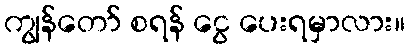
ကျွန်တော် စရန် ငွေ ပေးရမှာလား။